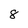
Character: 8